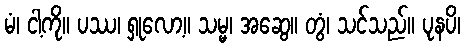
မံ၊ ငါ့ကို။ ပဿ၊ ရှုလော့။ သမ္မ၊ အဆွေ။ တွံ၊ သင်သည်။ ပုနပိ၊